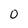
Character: 0